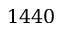
1 4 4 0